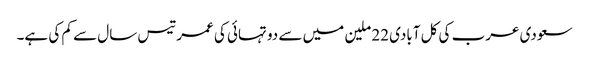
سعودی عرب کی کل آبادی 22 ملین میں سے دو تہائی کی عمر تیس سال سے کم کی ہے۔